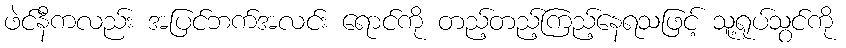
ဖဲင်နီကလည်း အပြင်ဘက်အလင်း ရောင်ကို တည့်တည့်ကြည့်နေရသဖြင့် သူ့ရုပ်သွင်ကို